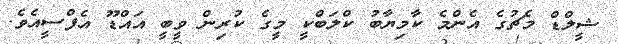
ޝީލްޑް މެޗުގެ އެންމެ ކާމިޔާބު ކްލަބްކީ މީގެ ކުރިން ވީބީ އައްޑޫ އެފްސީއެވެ.